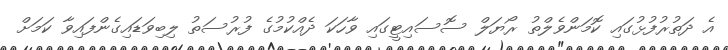
އެ ދަތުރުފުޅުގައި ކޮމަންވެލްތު ރޯޔަލް ސޮސައިޓީގައި ވާހަކަ ދެއްކުމުގެ ފުރުސަތު ލިބިވަޑައިގެންފައިވާ ކަމަށް